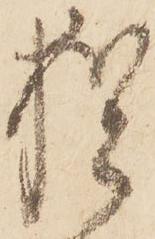
猶